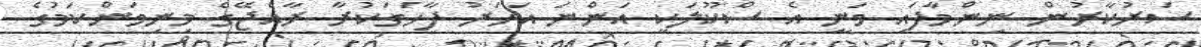
ސަރުކާރުން ނިންމާފައި ވަނީ އެ ސްކޫލަކީ އަންނަ އަހަރު ފާހަގަކުރާ ރާއްޖޭގެ މިނިވަންކަމުގެ